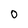
Character: 0